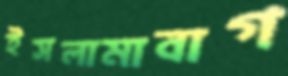
ইসলামাবাগ